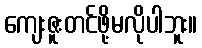
ကျေးဇူးတင်ဖို့မလိုပါဘူး။